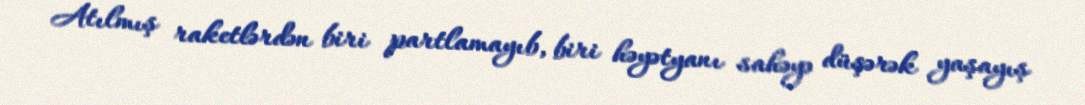
Atılmış raketlərdən biri partlamayıb, biri həyətyanı sahəyə düşərək yaşayış